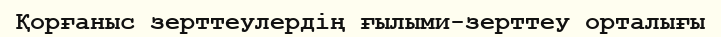
Қорғаныс зерттеулердің ғылыми-зерттеу орталығы